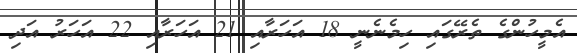
އެމީހުންގެ ތެރޭގައި ހިމެނެނީ 18 އަހަރާއި 21 އަހަރާއި 22 އަހަރު އަދި